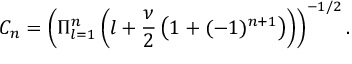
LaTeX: C _ { n } = \left( \Pi _ { l = 1 } ^ { n } \left( l + \frac { \nu } { 2 } \left( 1 + ( - 1 ) ^ { n + 1 } \right) \right) \right) ^ { - 1 / 2 } .